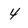
Character: 4